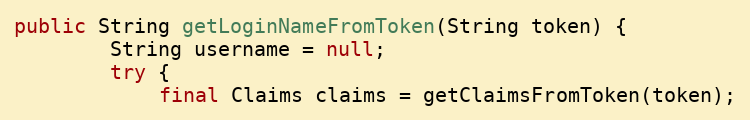
Language: Java
public String getLoginNameFromToken(String token) {
        String username = null;
        try {
            final Claims claims = getClaimsFromToken(token);